Civil Veterinary Department Bengal reports 1933-51 - 1933-1951
Year: 1933
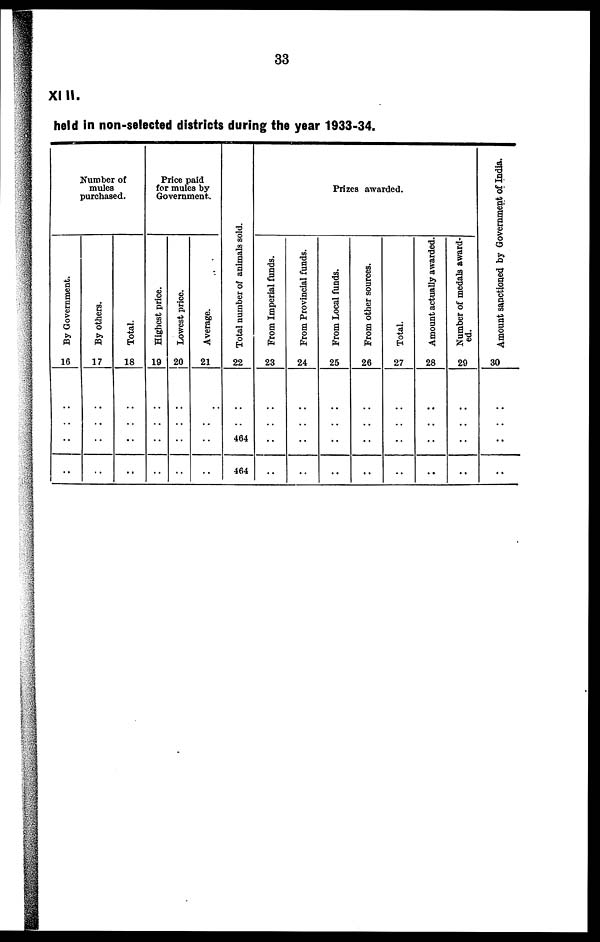
33
XI II.
held in non-selected districts during the year 1933-34.
Number of
mules
purchased.
By Government.
16
..
..
..
..
By others.
17
..
..
..
..
Total.
18
..
..
..
..
Price paid
for mules by
Government.
Highest price.
19
..
..
..
..
Lowest price.
20
..
..
..
..
Average.
21
..
..
..
..
Total number of animals sold.
22
..
..
464
464
Prizes awarded.
From Imperial funds.
23
..
..
..
..
From Provincial funds.
24
..
..
..
..
From Local funds.
25
..
..
..
..
From other sources.
26
..
..
..
..
Total.
27
..
..
..
..
Amount actually awarded.
28
..
..
..
..
Number of medals award-
ed.
29
..
..
..
..
Amount sanctioned
by Government of India.
30
..
..
..
..